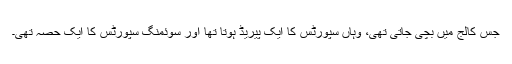
جس کالج میں بچی جاتی تھی، وہاں سپورٹس کا ایک پیریڈ ہوتا تھا اور سوئمنگ سپورٹس کا ایک حصہ تھی۔